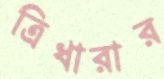
ত্রিধারার